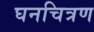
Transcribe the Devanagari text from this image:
घनचित्रण